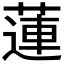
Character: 蓮